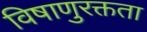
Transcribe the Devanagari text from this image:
विषाणुरक्तता